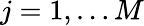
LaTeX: j=1,\dots M